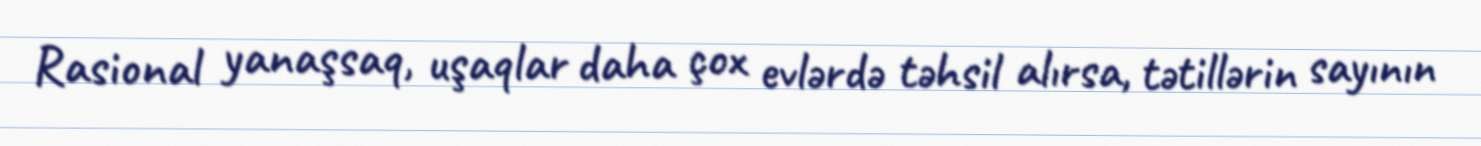
Rasional yanaşsaq, uşaqlar daha çox evlərdə təhsil alırsa, tətillərin sayının